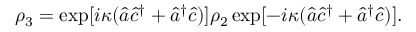
\rho _ { 3 } = \exp [ i \kappa ( \hat { a } \hat { c } ^ { \dagger } + \hat { a } ^ { \dagger } \hat { c } ) ] \rho _ { 2 } \exp [ - i \kappa ( \hat { a } \hat { c } ^ { \dagger } + \hat { a } ^ { \dagger } \hat { c } ) ] .